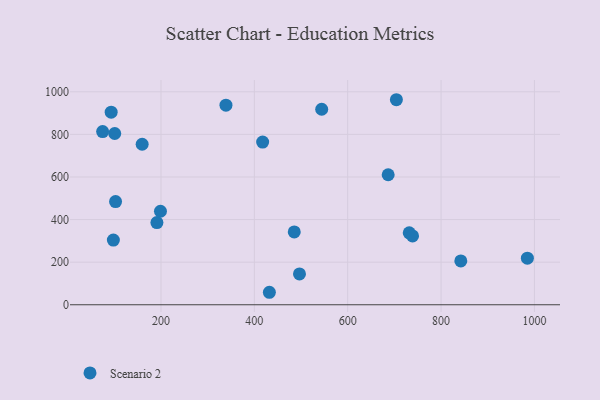
{"axis": {"x": "Price", "y": "Demand"}, "legend": ["Scenario 2"], "data": [{"x": "731.8", "y": 337.8, "type": "Scenario 2"}, {"x": "738.9", "y": 323.0, "type": "Scenario 2"}, {"x": "686.7", "y": 610.5, "type": "Scenario 2"}, {"x": "75.0", "y": 813.2, "type": "Scenario 2"}, {"x": "496.7", "y": 144.7, "type": "Scenario 2"}, {"x": "432.2", "y": 58.6, "type": "Scenario 2"}, {"x": "704.3", "y": 962.8, "type": "Scenario 2"}, {"x": "842.3", "y": 205.9, "type": "Scenario 2"}, {"x": "159.7", "y": 753.8, "type": "Scenario 2"}, {"x": "191.3", "y": 385.7, "type": "Scenario 2"}, {"x": "93.3", "y": 904.3, "type": "Scenario 2"}, {"x": "339.2", "y": 937.0, "type": "Scenario 2"}, {"x": "102.7", "y": 484.7, "type": "Scenario 2"}, {"x": "417.8", "y": 764.0, "type": "Scenario 2"}, {"x": "544.3", "y": 918.1, "type": "Scenario 2"}, {"x": "198.9", "y": 439.0, "type": "Scenario 2"}, {"x": "100.9", "y": 804.3, "type": "Scenario 2"}, {"x": "485.5", "y": 342.0, "type": "Scenario 2"}, {"x": "98.0", "y": 303.5, "type": "Scenario 2"}, {"x": "984.9", "y": 218.5, "type": "Scenario 2"}]}